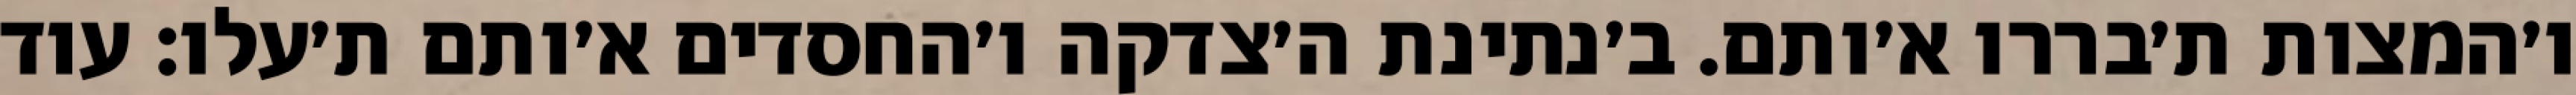
ו׳המצות ת׳בררו א׳ותם. ב׳נתינת ה׳צדקה ו׳החסדים א׳ותם ת׳עלו: עוד